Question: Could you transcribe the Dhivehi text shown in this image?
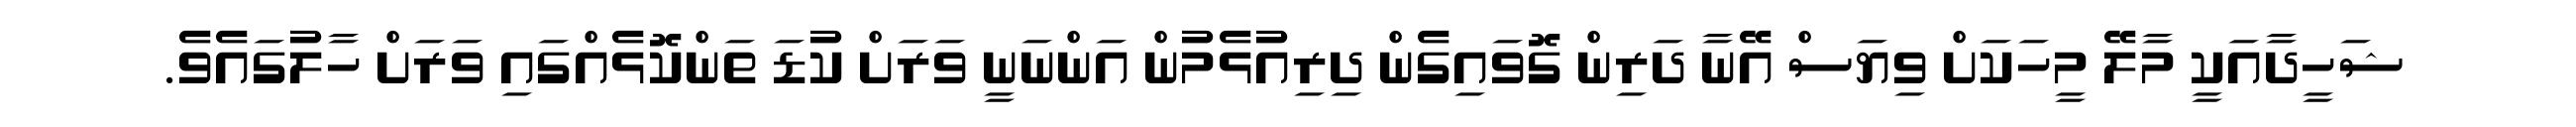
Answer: ޝަހީދާއަކީ މާލޭ މީހަކަށް ވިޔަސް އޭނާ ދަރިން ގޮވައިގެން ދިރިއުޅެމުން އަންނަނީ ވަރަށް ކުޑަ ތަންކޮޅެއްގައި ވަރަށް ހާލުގައެވެ.